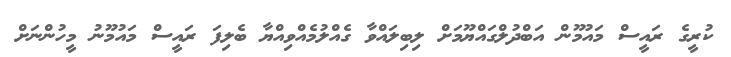
ކުރީގެ ރައީސް މައުމޫން އަބްދުލްގައްޔޫމަށް ލިބިލައްވާ ގެއްލުމެއްވިއްޔާ ބެލިފަ ރައީސް މައުމޫނު މީހުންނަށް